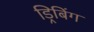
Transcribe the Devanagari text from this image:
ड्रिबिंग